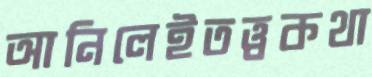
আনিলেইতত্ত্বকথা